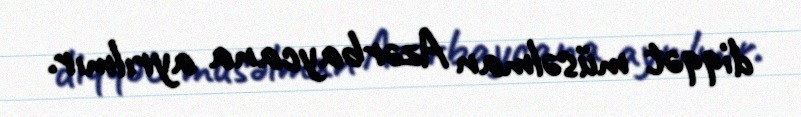
diqqət müsəlman Azərbaycana ayrılmır.